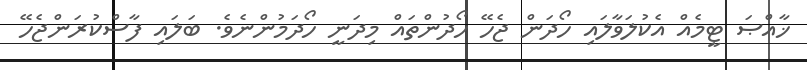
ޚާއްޞަ ޓީމެއް އެކުލަވާލައި ހޯދަން ޖެހޭ ހޯދުންތައް މިދަނީ ހޯދަމުންނެވެ. ބަލައި ފާސްކުރަންޖެހޭ